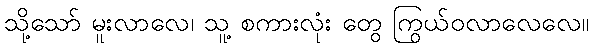
သို့သော် မူးလာလေ၊ သူ့ စကားလုံး တွေ ကြွယ်ဝလာလေလေ။